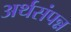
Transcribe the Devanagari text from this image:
अर्थसंपन्न